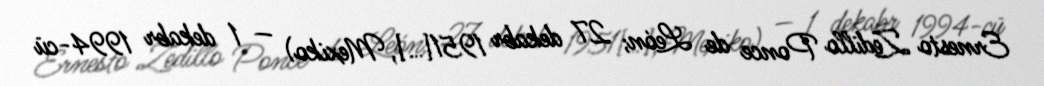
Ernesto Zedillo Ponce de León; 27 dekabr 1951[…], Mexiko) — 1 dekabr 1994-cü